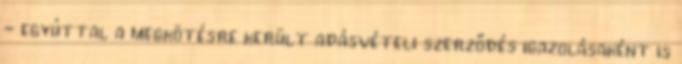
- egyúttal a megkötésre került adásvételi szerződés igazolásaként is